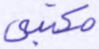
مكتبي